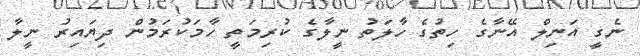
ނެގީ އަނިލް އޭނާގެ ހިތުގެ ހާލަތު ނީލާގެ ކުރިމަތީ ހާމަކުރަމުން ދިޔައިރު ނީލާ